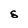
Character: s